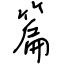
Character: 篇